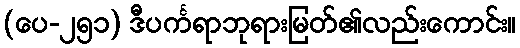
(ပေ-၂၅၁) ဒီပင်္ကရာဘုရားမြတ်၏လည်းကောင်း။